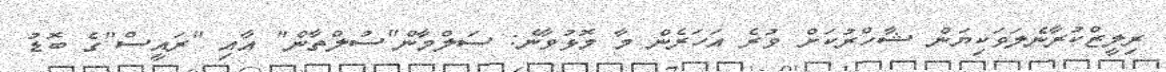
ރިލީޒްކުރާނެލަވަކިޔަން ޝާހްރުކަށް ވުރެ އަހަރެން މާ މޮޅުވާނެ: ސަލްމާން"ސުލްތާން" އާއި "ރައީސް"ގެ ބޮޑު